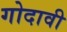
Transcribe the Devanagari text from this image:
गोदावी